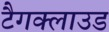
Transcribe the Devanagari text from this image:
टैगक्लाउड